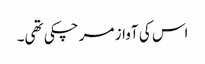
اس کی آواز مر چکی تھی۔